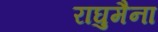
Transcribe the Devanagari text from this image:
राघुमैना